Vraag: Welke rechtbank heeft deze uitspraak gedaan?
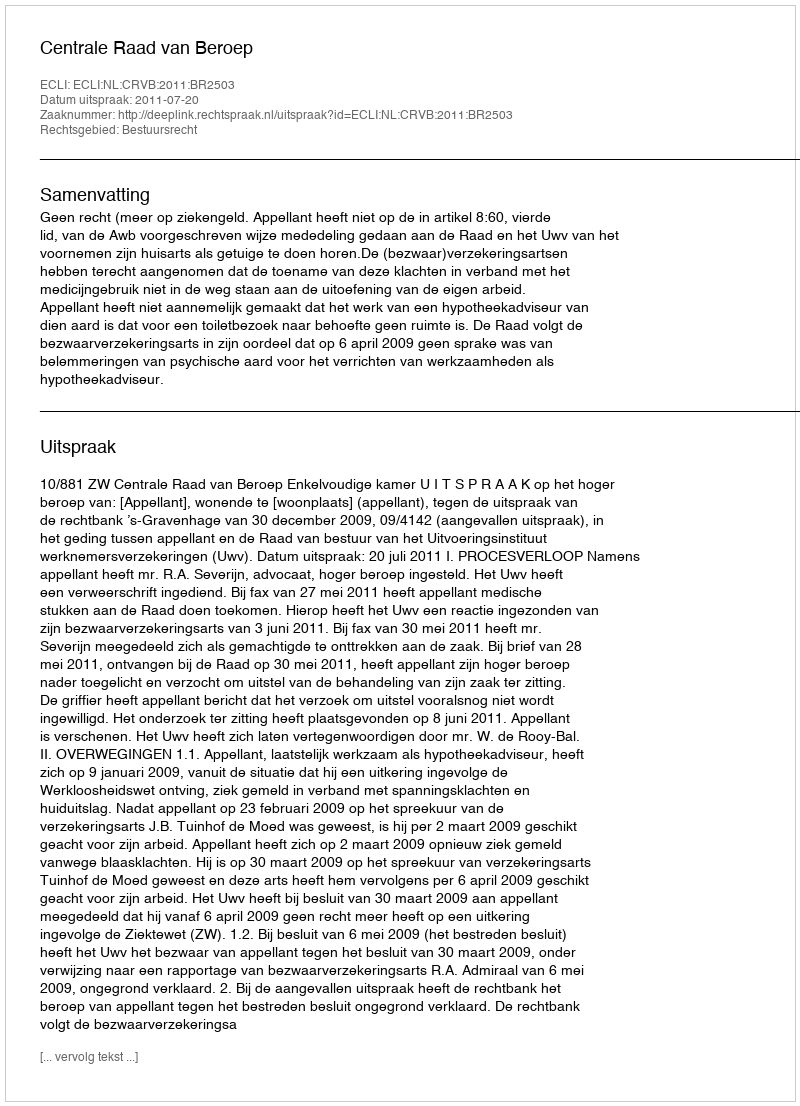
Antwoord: Centrale Raad van Beroep